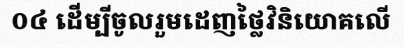
០៤ ដើម្បីចូលរួមដេញថ្លៃវិនិយោគលើ